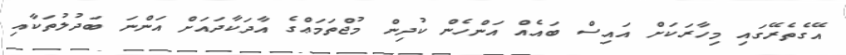
އޭގެތެރޭގައި މިހާރަކަށް އައިސް ބައެއް އަންހެން ކުދިން މުޖްތަމަޢްގެ އާދަކާދައަށް އަންނަ ބަދުލުތަކާއި